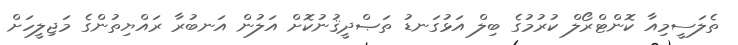
ތެލަސީމިއާ ކޮންޓްރޯލް ކުރުމުގެ ބިލް އަޅުގަނޑު ތަޞްދީޤުނުކޮށް އަލުން އަނބުރާ ރައްޔިތުންގެ މަޖިލީހަށް